Report on vaccination North-West Frontier Province 1904-1922 - 1904-1922
Year: 1904
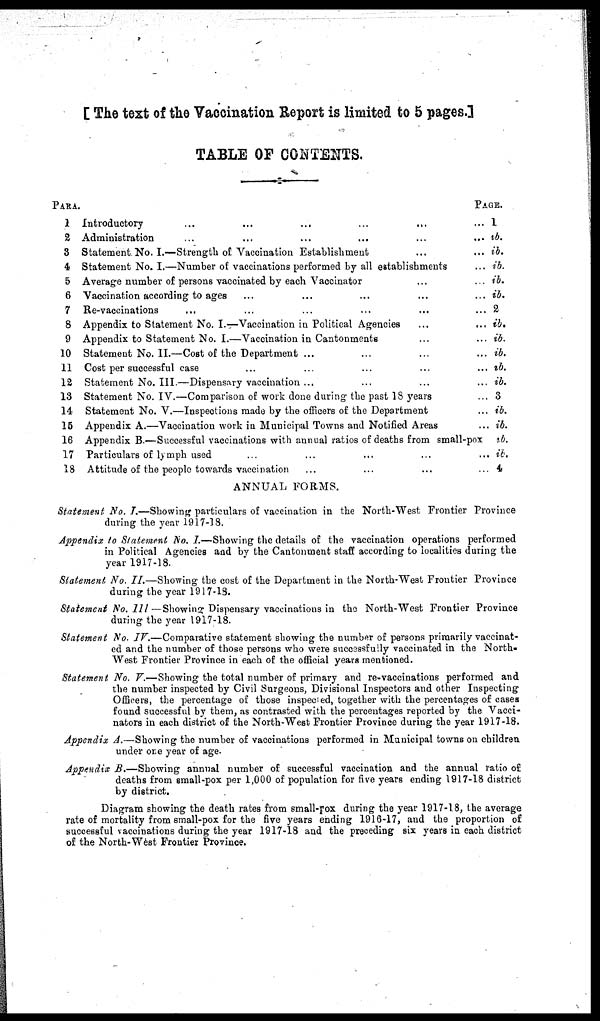
[ The text of the Vaccination Report is limited to 5 pages.]
TABLE OF CONTENTS.
PARA
1
2
3
4
5
6
7
8
9
10
11
12
13
14
15
16
17
18
Introductory
...
...
...
Administration
...
...
...
...
...
...
...
Statement. No. I.—Strength of Vaccination Establishment ... ...
Statement No. I.—Number of vaccinations performed by all establishments ... ...
Average number of persons vaccinated by each Vaccinator ... ... ...
Vaccination according to ages ... ... ...
Re-vaccinations ... ... ... ...
Appendix to Statement No. I. — Vaccination in Political Agencies ... ... ...
Appendix to Statement No. I.—Vaccination in Cantonments ... ... ...
Statement No.II.—Cost of the Department ... ... ... ...
Cost per successful case ... ... ...
Statement No. III.—Dispensary vaccination ... ... ... ...
Statement No. IV.—Comparison of work done during the past 18 years ... ...
Statement No. V.—Inspections made by the officers of the Department ... ... ...
Appendix A.—Vaccination work in Municipal Towns and Notified Areas ...
Appendix B.—Successful vaccinations with annual ratios of deaths from small-pox
Particulars of lymph used ... ... ...
Attitude of the people towards vaccination
PAGE.
1
ib.
ib.
ib.
ib.
ib.
2
ib.
ib.
ib.
ib.
ib.
3
ib.
ib.
ib.
ib.
4
ANNUAL FORMS.
Statement No. I.—Showing particulars of vaccination in the North-West Frontier Province
during the year 1917-18.
Appendix to Statement No. I.—Showing the details of the vaccination operations performed
in Political Agencies and by the Cantonment staff according to localities during the
year 1917-18.
Statement No. II.—Showing the cost of the Department in the North-West Frontier Province
during the year 1917-18.
Statement No. III—Showing
Dispensary vaccinations in the North-West Frontier Province
during the year 1917-18.
Statement No. IV.—Comparative statement showing the number of persons primarily vaccinat-
ed and the number of those persons who were successfully vaccinated in the North-
West Frontier Province in each of the official years mentioned.
Statement No. V.—Showing the total number of primary and re-vaccinations performed and
the number inspected by Civil Surgeons, Divisional Inspectors and other Inspecting
Officers, the percentage of those inspected, together with the percentages of cases
found successful by them, as contrasted with the percentages reported by the Vacci-
nators in each district of the North-West Frontier Province during the year 1917-18.
Appendix A.—Showing the number of vaccinations performed in Municipal towns on children
under one year of age.
Appendix B.—Showing annual number of successful vaccination and the annual ratio of
deaths from small-pox per 1,000 of population for five years ending 1917-18 district
by district.
Diagram showing the death rates from small-pox during the year 1917-18, the average
rate of mortality from small-pox for the five years ending 1916-17, and the proportion of
successful vaccinations during the year 1917-18 and the preceding six years in each district
of the North-West Frontier Province.